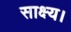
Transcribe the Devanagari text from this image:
साक्ष्य।